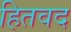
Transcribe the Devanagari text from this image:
हितवद